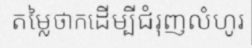
តម្លៃថាកដើម្បីជំរុញលំហូរ